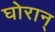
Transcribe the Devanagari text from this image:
घोरान्